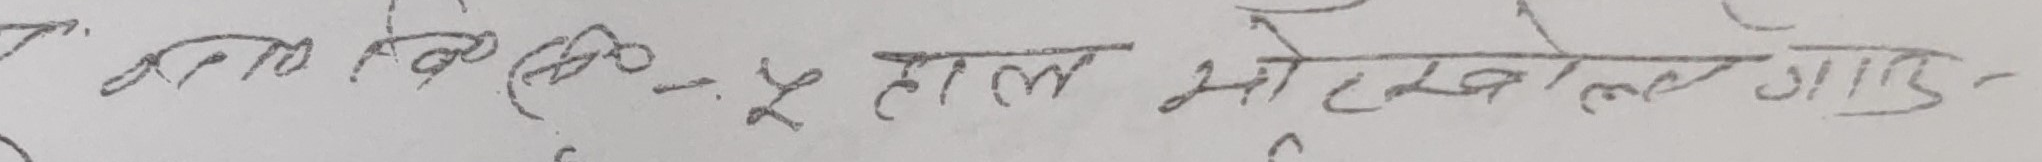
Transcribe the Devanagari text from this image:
टमाट किमिको - ५ तोला भोट खोल्ने आउ